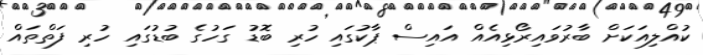
ކުއްލިއަކަށް ބާރުވައިރޯޅިއެއް އައިސް ޕާކުގައި ހުރި ބޮޑު ގަހުގެ ބުޑުގައި ހުރި ފަތްތައް